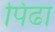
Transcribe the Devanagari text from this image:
पिढा